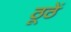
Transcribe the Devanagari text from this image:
ठूठें